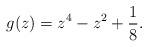
LaTeX: \begin{align*} g( z ) = z^4 - z^2 + \frac{1}{8}.\end{align*}